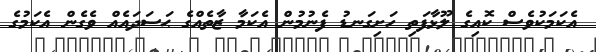
އެކަމަކުވެސް ކޮއިގެ ލޫޅާފަތި ހަށިގަނޑު ފެނުމުން އެކަމާ ޒާތެއްގެ ޙަސަދައެއް ވެގެން އެކަމުގެ